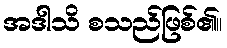
အဒါသိ စသည်ဖြစ်၏။